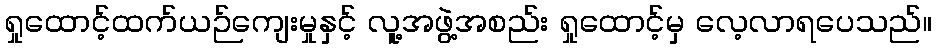
ရှုထောင့်ထက်ယဉ်ကျေးမှုနှင့် လူ့အဖွဲ့အစည်း ရှုထောင့်မှ လေ့လာရပေသည်။